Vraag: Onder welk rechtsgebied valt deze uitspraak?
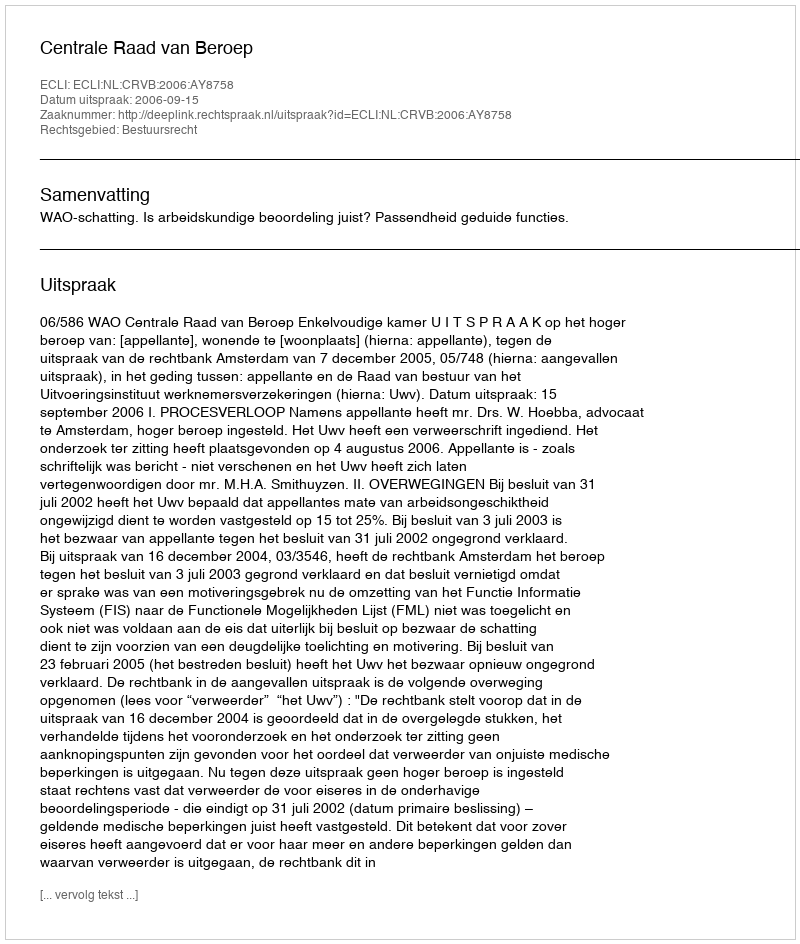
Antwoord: Bestuursrecht